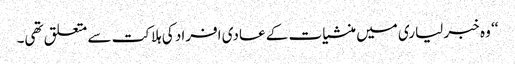
‘‘ وہ خبر لیاری میں منشیات کے عادی افراد کی ہلاکت سے متعلق تھی۔